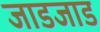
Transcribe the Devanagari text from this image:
जाडजाड